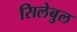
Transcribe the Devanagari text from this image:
सिलेबुल